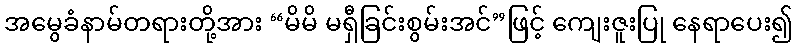
အမွေခံနာမ်တရားတို့အား “မိမိ မရှီခြင်းစွမ်းအင်”ဖြင့် ကျေးဇူးပြု နေရာပေး၍